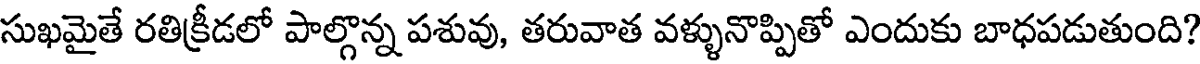
సుఖమైతే రతిక్రీడలో పాల్గొన్న పశువు, తరువాత వళ్ళునొప్పితో ఎందుకు బాధపడుతుంది?